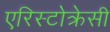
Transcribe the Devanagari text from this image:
एरिस्टोक्रेसी